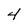
Character: 4